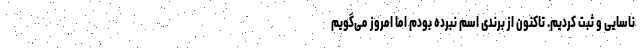
ناسایی و ثبت کردیم. تاکنون از برندی اسم نبرده بودم اما امروز می‌گویم